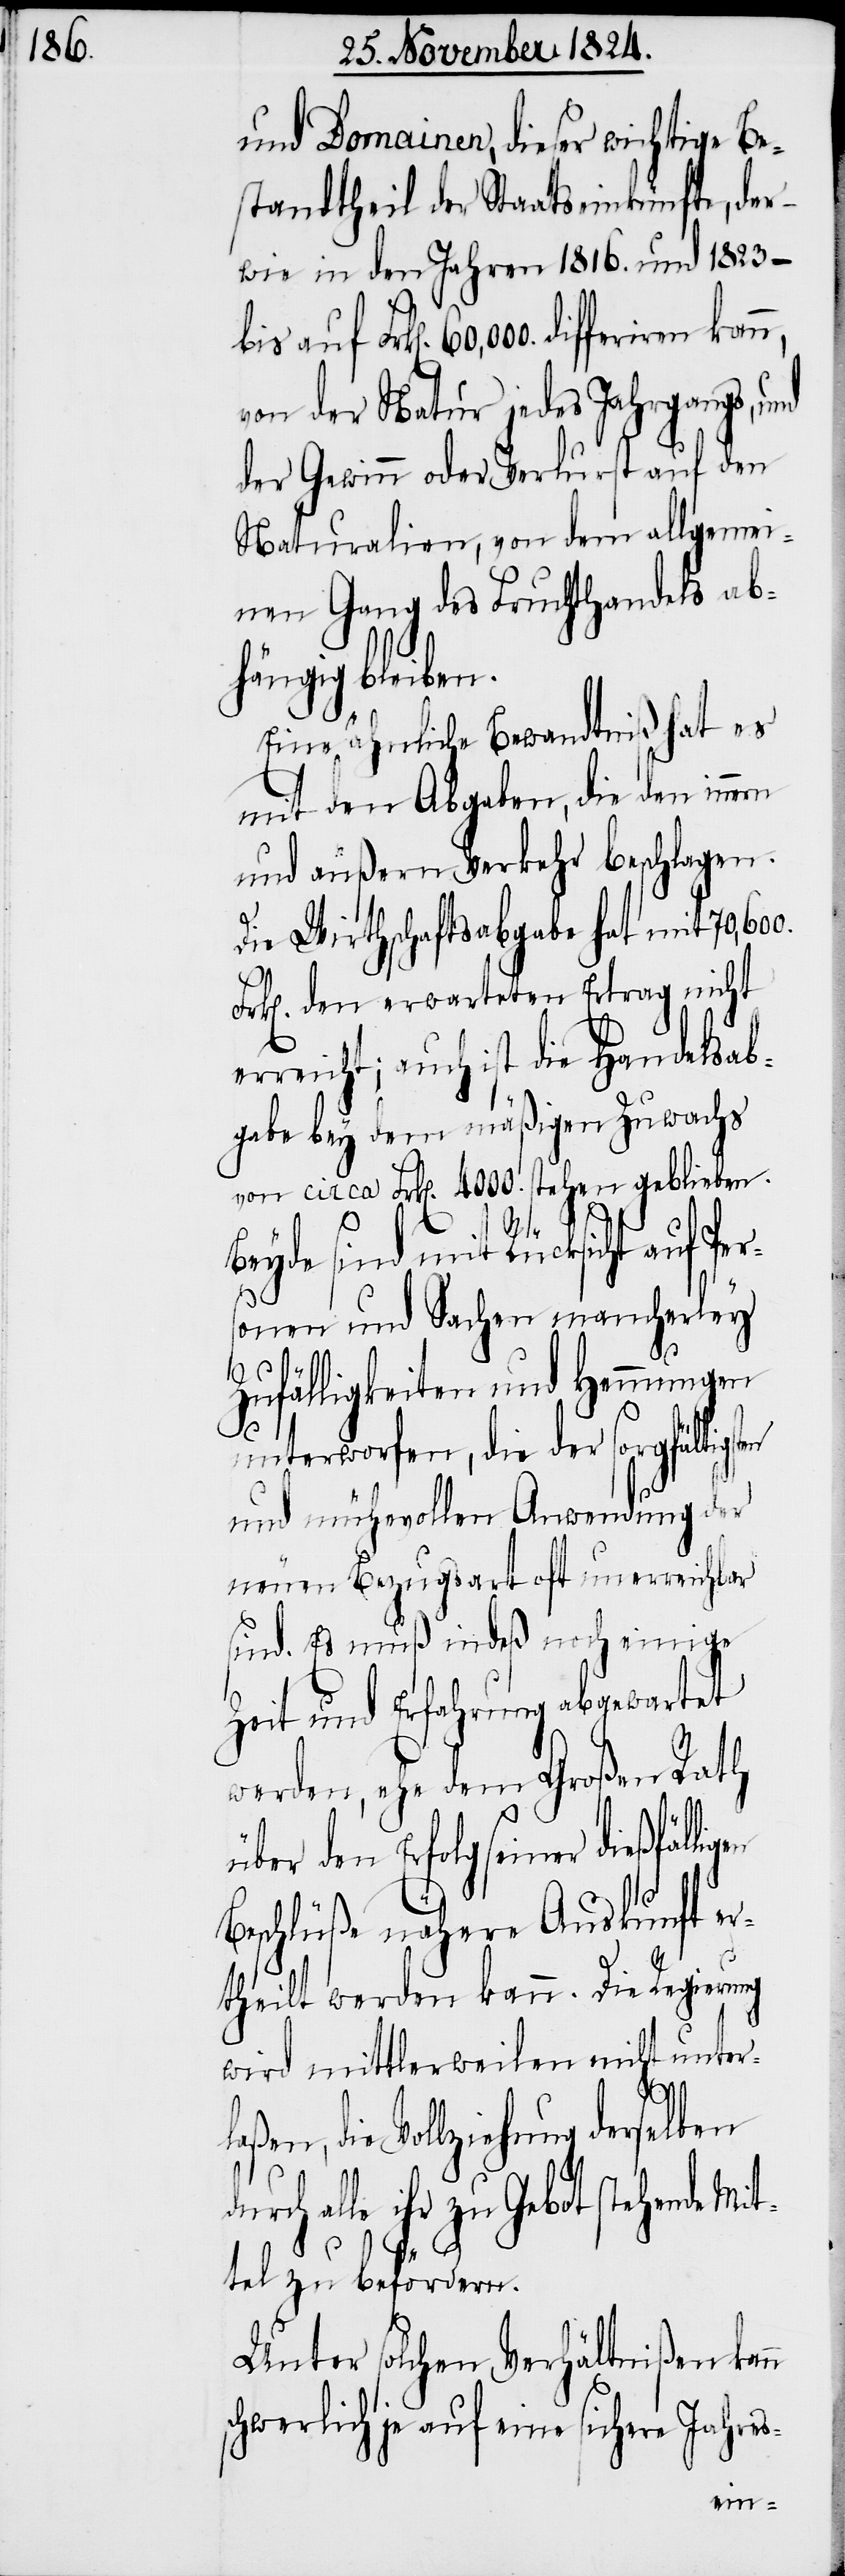
und Domainen dieser wichtige Be¬
standtheil der Staatseinkünfte, der¬
wie in den Jahren 1816. und 1823 –
von der Natur jedes Jahrgangs, und
der Gewinn oder Verlurst auf den
Naturalien, von dem allgemei¬
nen Gang des Fruchthandels ab¬
hängig bleiben.
Eine ähnliche Bewandtniß hat es
mit den Abgaben, die den innern
und äußern Verkehr beschlagen.
Die Wirthschaftabgabe hat mit 70,600.
k[en]. den erwarteten Ertrag nicht
erreicht; auch ist die Handelsab¬
gabe bey dem mäßigen Zuwachs
von circa Frk[en]. 4000. stehen geblieben.
here
Beyde sind mit Rücksicht auf Per¬
sonen und Sachen mancherley
Zufälligkeiten und Hemmungen
unterworfen, die der sorgfältigst¬
und mühevollen Anwendung der
neuen Bezugsart oft unerreichbar
sind. Es muß indeß noch einige
Zeit und Erfahrung abgewartet
werden, ehe dem Großen Rath
über den Erfolg seiner dießfäl¬
n
Beschlüße nähere Auskunft er¬
theilt werden kann. Die Regierung
wird mittlerweilen nicht unter¬
die Vollziehung derselben
alle ihr zu Gebot stehende Mi¬
ttel zu befördern.
Unter solchen Verhältnißen kan¬
schwerlich auf eine sic¬